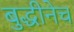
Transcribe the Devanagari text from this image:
बुद्धीनेच